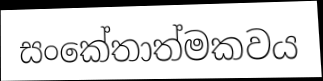
සංකේතාත්මකවය